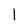
Character: I